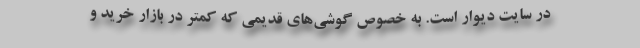
در سایت دیوار است. به خصوص گوشی‌های قدیمی که کمتر در بازار خرید و